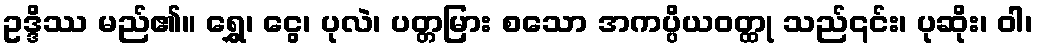
ဥဒ္ဒိဿ မည်၏။ ရွှေ၊ ငွေ၊ ပုလဲ၊ ပတ္တမြား စသော အကပ္ပိယဝတ္ထု သည်၎င်း၊ ပုဆိုး၊ ဝါ၊